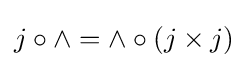
j\circ \wedge =\wedge \circ (j\times j)